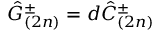
\hat { G } _ { ( 2 n ) } ^ { \pm } = d \hat { C } _ { ( 2 n ) } ^ { \pm }